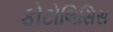
ફોટોલિસિસ